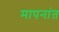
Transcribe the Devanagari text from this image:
मापनांत